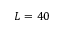
L = 4 0